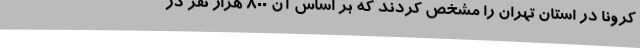
کرونا در استان تهران را مشخص کردند که بر اساس آن ۸۰۰ هزار نفر در